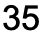
35